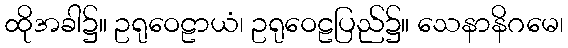
ထိုအခါ၌။ ဥရုဝေဠာယံ၊ ဥရုဝေဠပြည်၌။ သေနာနိဂမေ၊